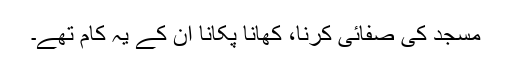
مسجد کی صفائی کرنا، کھانا پکانا ان کے یہ کام تھے۔